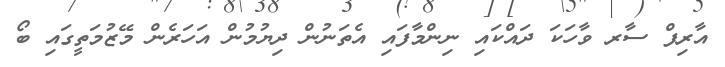
އާރިފް ސާރ ވާހަކަ ދައްކައި ނިންމާފައި އެތަނުން ދިޔުމުން އަހަރެން މޭޒުމަތީގައި ބޯ